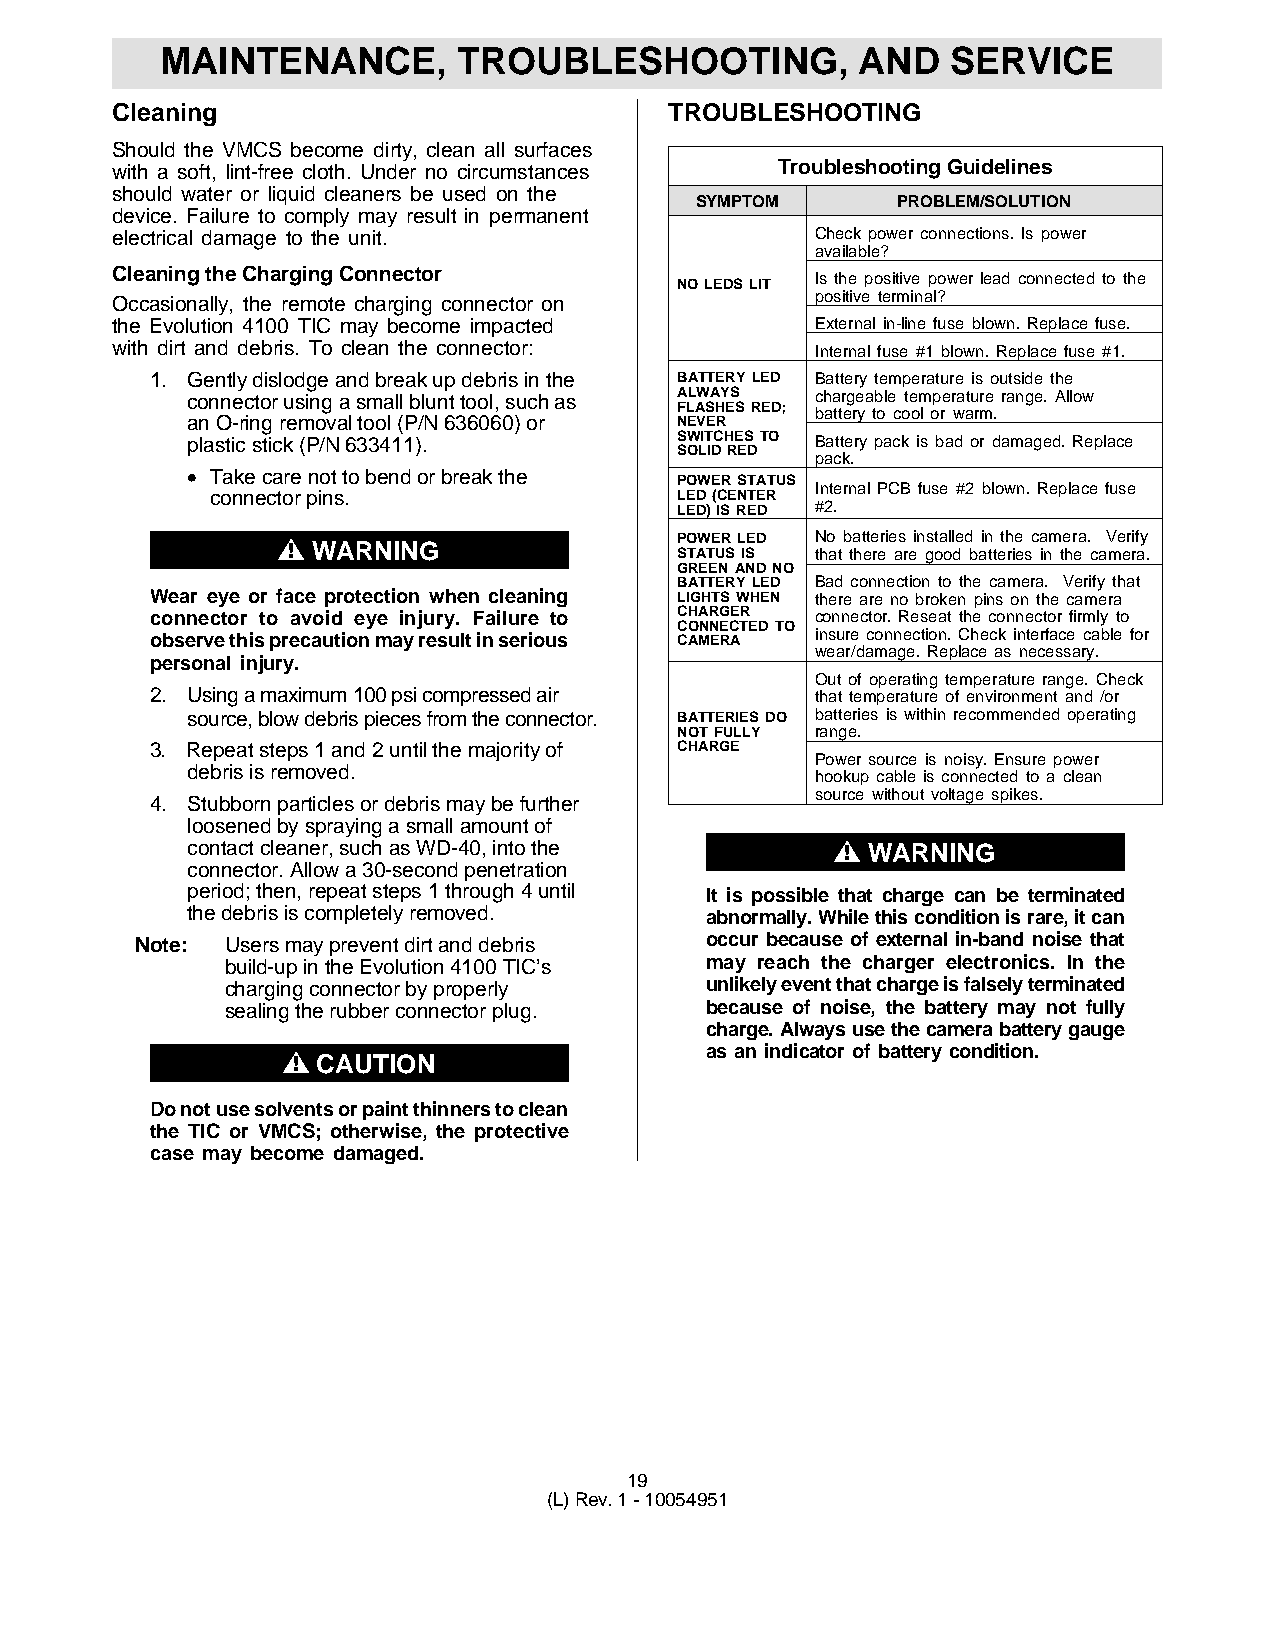
MAINTENANCE,       TROUBLESHOOTING,           AND   SERVICE
 Cleaning                             TROUBLESHOOTING
 Should the VMCS become dirty, clean all surfaces
 with a soft, lint-free cloth. Under no circumstances Troubleshooting Guidelines
 should water or liquid cleaners be used on the
 SYMPTOM      PROBLEM/SOLUTION
 device. Failure to comply may result in permanent
 electrical damage to the unit.                 Check power connections. Is power
 available?
 Cleaning the Charging Connector
 NO LEDS LIT Is the positive power lead connected to the
 Occasionally, the remote charging connector on positive terminal?
 the Evolution 4100 TIC may become impacted     External in-line fuse blown. Replace fuse.
 with dirt and debris. To clean the connector:  Internal fuse #1 blown. Replace fuse #1.
 1. Gently dislodge and break up debris in the BATTERY LED Battery temperature is outside the
 connector using a small blunt tool, such as ALWAYS chargeable temperature range. Allow
 FLASHES RED; battery to cool or warm.
 an O-ring removal tool (P/N 636060) or NEVER
 plastic stick (P/N 633411).      SWITCHES TO Battery pack is bad or damaged. Replace
 SOLID RED
 pack.
 • Take care not to bend or break the
 POWER STATUS
 Internal PCB fuse #2 blown. Replace fuse
 connector pins.                LED (CENTER
 LED) IS RED #2.
 POWER LED No batteries installed in the camera. Verify
 "  WARNING
 STATUS IS that there are good batteries in the camera.
 GREEN AND NO
 BATTERY LED Bad connection to the camera. Verify that
 Wear eye or face protection when cleaning LIGHTS WHEN there are no broken pins on the camera
 connector to avoid eye injury. Failure to CHARGER connector. Reseat the connector firmly to
 CONNECTED TO
 observe this precaution may result in serious CAMERA insure connection. Check interface cable for
 wear/damage. Replace as necessary.
 personal injury.
 Out of operating temperature range. Check
 2. Using a maximum 100 psi compressed air   that temperature of environment and /or
 source, blow debris pieces from the connector. BATTERIES DO batteries is within recommended operating
 NOT FULLY range.
 3. Repeat steps 1 and 2 until the majority of CHARGE
 Power source is noisy. Ensure power
 debris is removed.
 hookup cable is connected to a clean
 source without voltage spikes.
 4. Stubborn particles or debris may be further
 loosened by spraying a small amount of
 contact cleaner, such as WD-40, into the   "  WARNING
 connector. Allow a 30-second penetration
 period; then, repeat steps 1 through 4 until It is possible that charge can be terminated
 the debris is completely removed.  abnormally. While this condition is rare, it can
 Note: Users may prevent dirt and debris occur because of external in-band noise that
 build-up in the Evolution 4100 TIC’s may reach the charger electronics. In the
 charging connector by properly  unlikely event that charge is falsely terminated
 sealing the rubber connector plug. because of noise, the battery may not fully
 charge. Always use the camera battery gauge
 as an indicator of battery condition.
 " CAUTION
 Do not use solvents or paint thinners to clean
 the TIC or VMCS; otherwise, the protective
 case may become damaged.
 19
 (L) Rev. 1 - 10054951